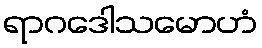
ရာဂဒေါသမောဟံ